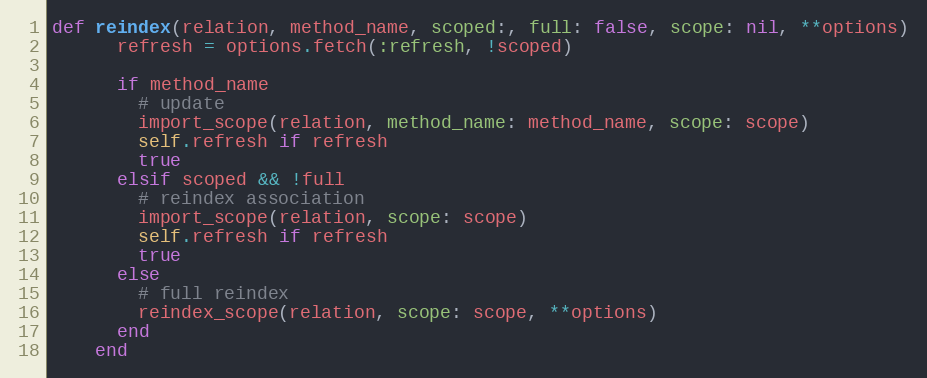
Language: Ruby
def reindex(relation, method_name, scoped:, full: false, scope: nil, **options)
      refresh = options.fetch(:refresh, !scoped)

      if method_name
        # update
        import_scope(relation, method_name: method_name, scope: scope)
        self.refresh if refresh
        true
      elsif scoped && !full
        # reindex association
        import_scope(relation, scope: scope)
        self.refresh if refresh
        true
      else
        # full reindex
        reindex_scope(relation, scope: scope, **options)
      end
    end